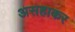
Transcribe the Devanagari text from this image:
असहाकर